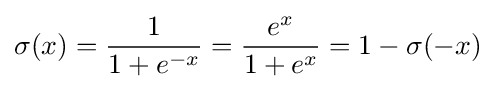
\sigma (x)={\frac {1}{1+e^{-x}}}={\frac {e^{x}}{1+e^{x}}}=1-\sigma (-x)